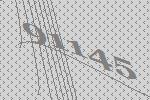
91145